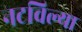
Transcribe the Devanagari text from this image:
नटविल्या